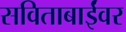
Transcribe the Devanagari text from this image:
सविताबाईंवर